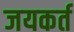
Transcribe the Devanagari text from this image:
जयकर्त